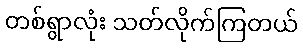
တစ်ရွာလုံး သတ်လိုက်ကြတယ်